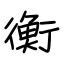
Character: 衡